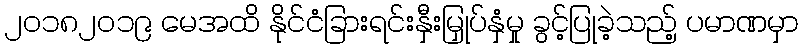
၂၀၁၈၂၀၁၉ မေအထိ နိုင်ငံခြားရင်းနှီးမြှုပ်နှံမှု ခွင့်ပြုခဲ့သည့် ပမာဏမှာ